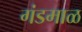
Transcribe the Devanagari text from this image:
गंडमाळ